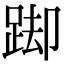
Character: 踋